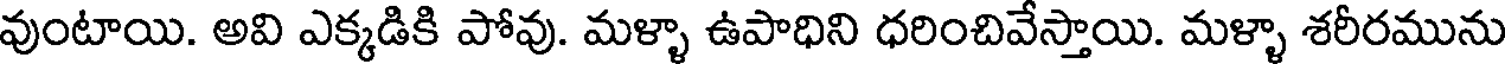
వుంటాయి. అవి ఎక్కడికి పోవు. మళ్ళా ఉపాధిని ధరించివేస్తాయి. మళ్ళా శరీరమును